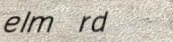
elm rd